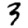
Digit: 3